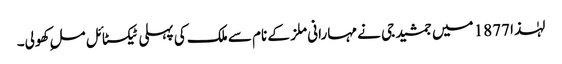
لہٰذا 1877 میں جمشید جی نے مہارانی ملز کے نام سے ملک کی پہلی ٹیکسٹائل ملِ کھولی۔